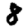
Digit: 8